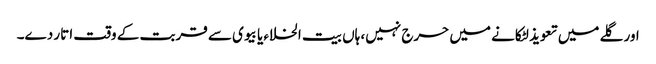
اور گلے میں تعویذ لٹکانے میں حرج نہیں، ہاں بیت الخلاء یا بیوی سے قربت کے وقت اتار دے۔